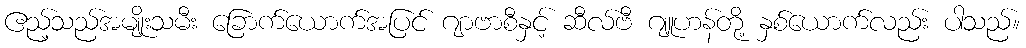
ဧည့်သည်အမျိုးသမီး ခြောက်ယောက်အပြင် ဂျာဗာစီနှင့် ဆီလ်ဗီ ဂျူဟန်တို့ နှစ်ယောက်လည်း ပါသည်။